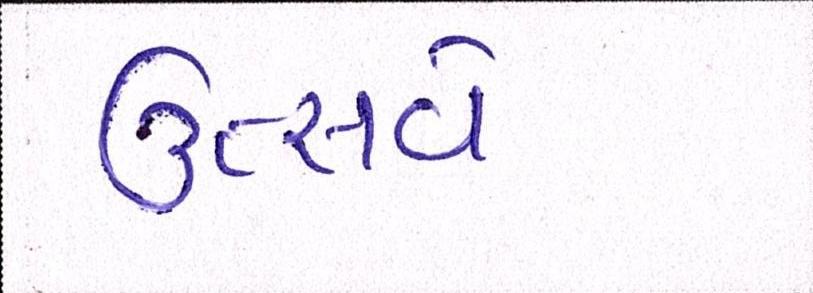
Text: ઉત્સવે